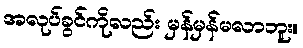
အလုပ်ခွင်ကိုလည်း မှန်မှန်မလာဘူး။